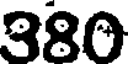
380